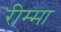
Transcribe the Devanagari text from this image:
रीम्मा